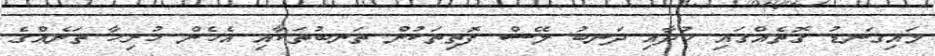
މައިގަނޑު ގޮތެއްގައި ހުދާއި ދަނބު ލޭސް ފޮތިތަކުން ތަނބުތަކާއި އެހެން ހުރިހާ ތަނެއްގެ